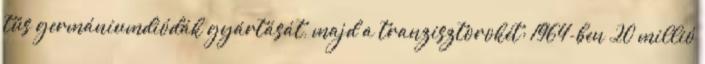
tűs germániumdiódák gyártását, majd a tranzisztorokét; 1964-ben 20 millió